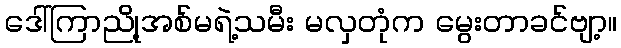
ဒေါ်ကြာညို့အစ်မရဲ့သမီး မလှတုံက မွေးတာခင်ဗျာ့။